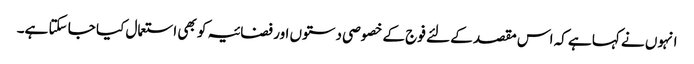
انہوں نے کہا ہے کہ اس مقصد کے لئے فوج کے خصوصی دستوں اور فضائیہ کو بھی استعمال کیا جا سکتا ہے۔